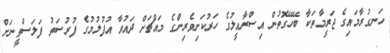
ހަނގުރާމައިގެ ޖަރީމާތަކާ ބޭހޭގޮތުން އިސްރާއީލުގެ ހަރުކަށިވެރިންގެ މައްޗަށް ދައުވާ އުފުލުމުގެ ފުރުސަތު ފަލަސްތީނަށް